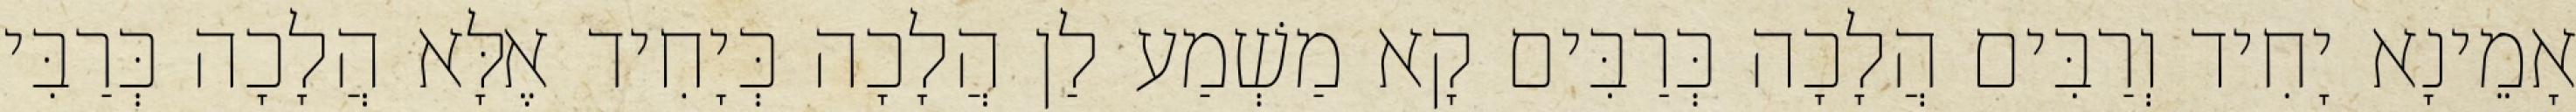
אָמֵינָא יָחִיד וְרַבִּים הֲלָכָה כְּרַבִּים קָא מַשְׁמַע לַן הֲלָכָה כְּיָחִיד אֶלָּא הֲלָכָה כְּרַבִּי